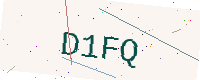
Text: D1FQ